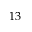
1 3